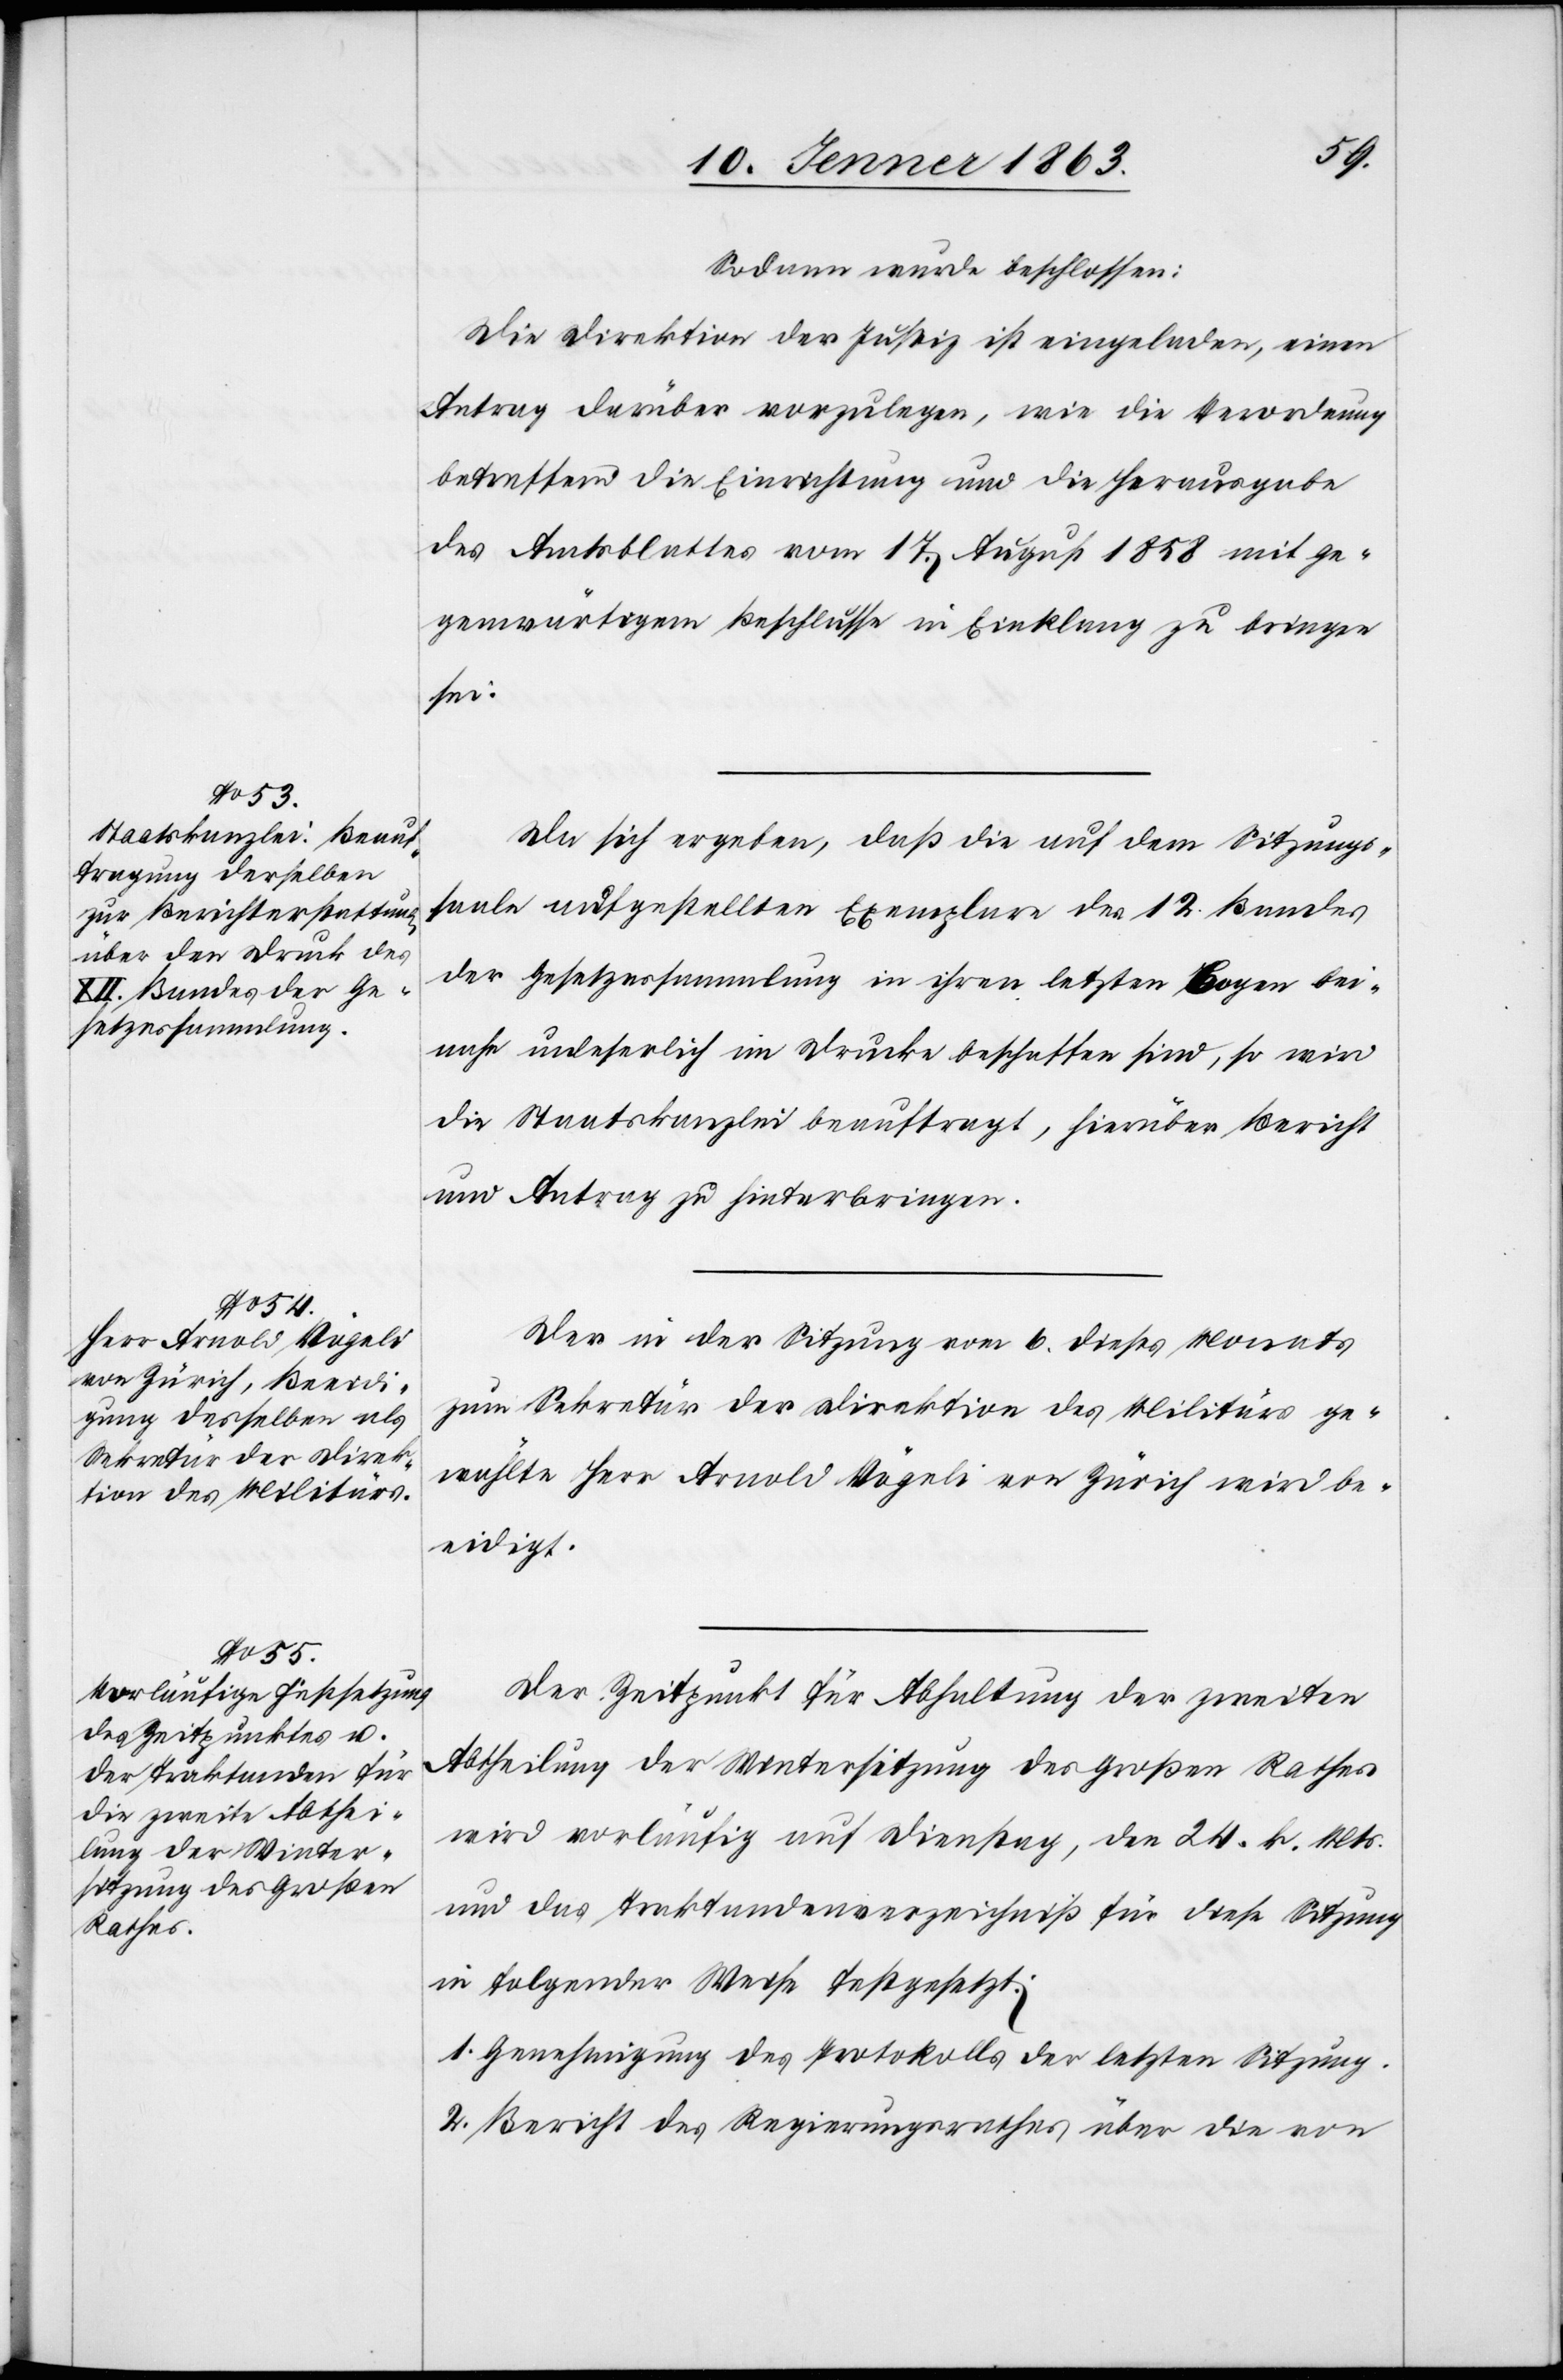
Sodann wurde beschlossen:
Die Direktion der Justiz ist eingeladen, einen
Antrag darüber vorzulegen, wie die Verordnung
betreffend die Einrichtung und die Herausgabe
des Amtsblattes vom 17. August 1858 mit ge¬
genwärtigem Beschlusse in Einklang zu bringen
sei.
Da sich ergeben, daß die auf dem Sitzungs¬
saale aufgestellten Exemplare des 12. Bandes
der Gesetzessammlung in ihren letzten Bogen bei¬
nahe unleserlich im Drucke beschaffen sind, so wird
die Staatskanzlei beauftragt, hierüber Bericht
und Antrag zu hinterbringen.
Der in der Sitzung vom 6. dieses Monats
zum Sekretär der Direktion des Militärs ge¬
wählte Herr Arnold Vögeli von Zürich wird be¬
eidigt.
Der Zeitpunkt für Abhaltung der zweiten
Abtheilung der Wintersitzung des Großen Rathes
wird vorläufig auf Dienstag, den 24. k. Mts.
und das Traktandenverzeichniß für diese Sitzung
in folgender Weise festgesetzt:
1. Genehmigung des Protokolls der letzten Sitzung.
2. Bericht des Regierungsrathes über die von